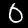
Digit: 0